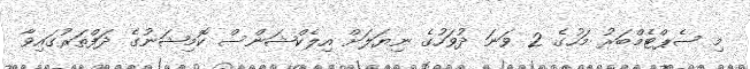
މި ސެޕްޓެމްބަރު މަހުގެ 2 ވަނަ ދުވަހުގެ ނިޔަލަށް އިލެކްޝަންސް ކޮމިޝަނުގެ ދަފްތަރުގައިވާ